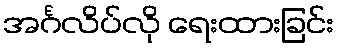
အင်္ဂလိပ်လို ရေးထားခြင်း